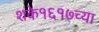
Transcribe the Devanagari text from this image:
शके१६१७च्या